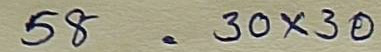
58 = 30 x 30